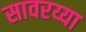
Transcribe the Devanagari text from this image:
सावरय्या